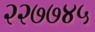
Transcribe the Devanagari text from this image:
२२७७४५